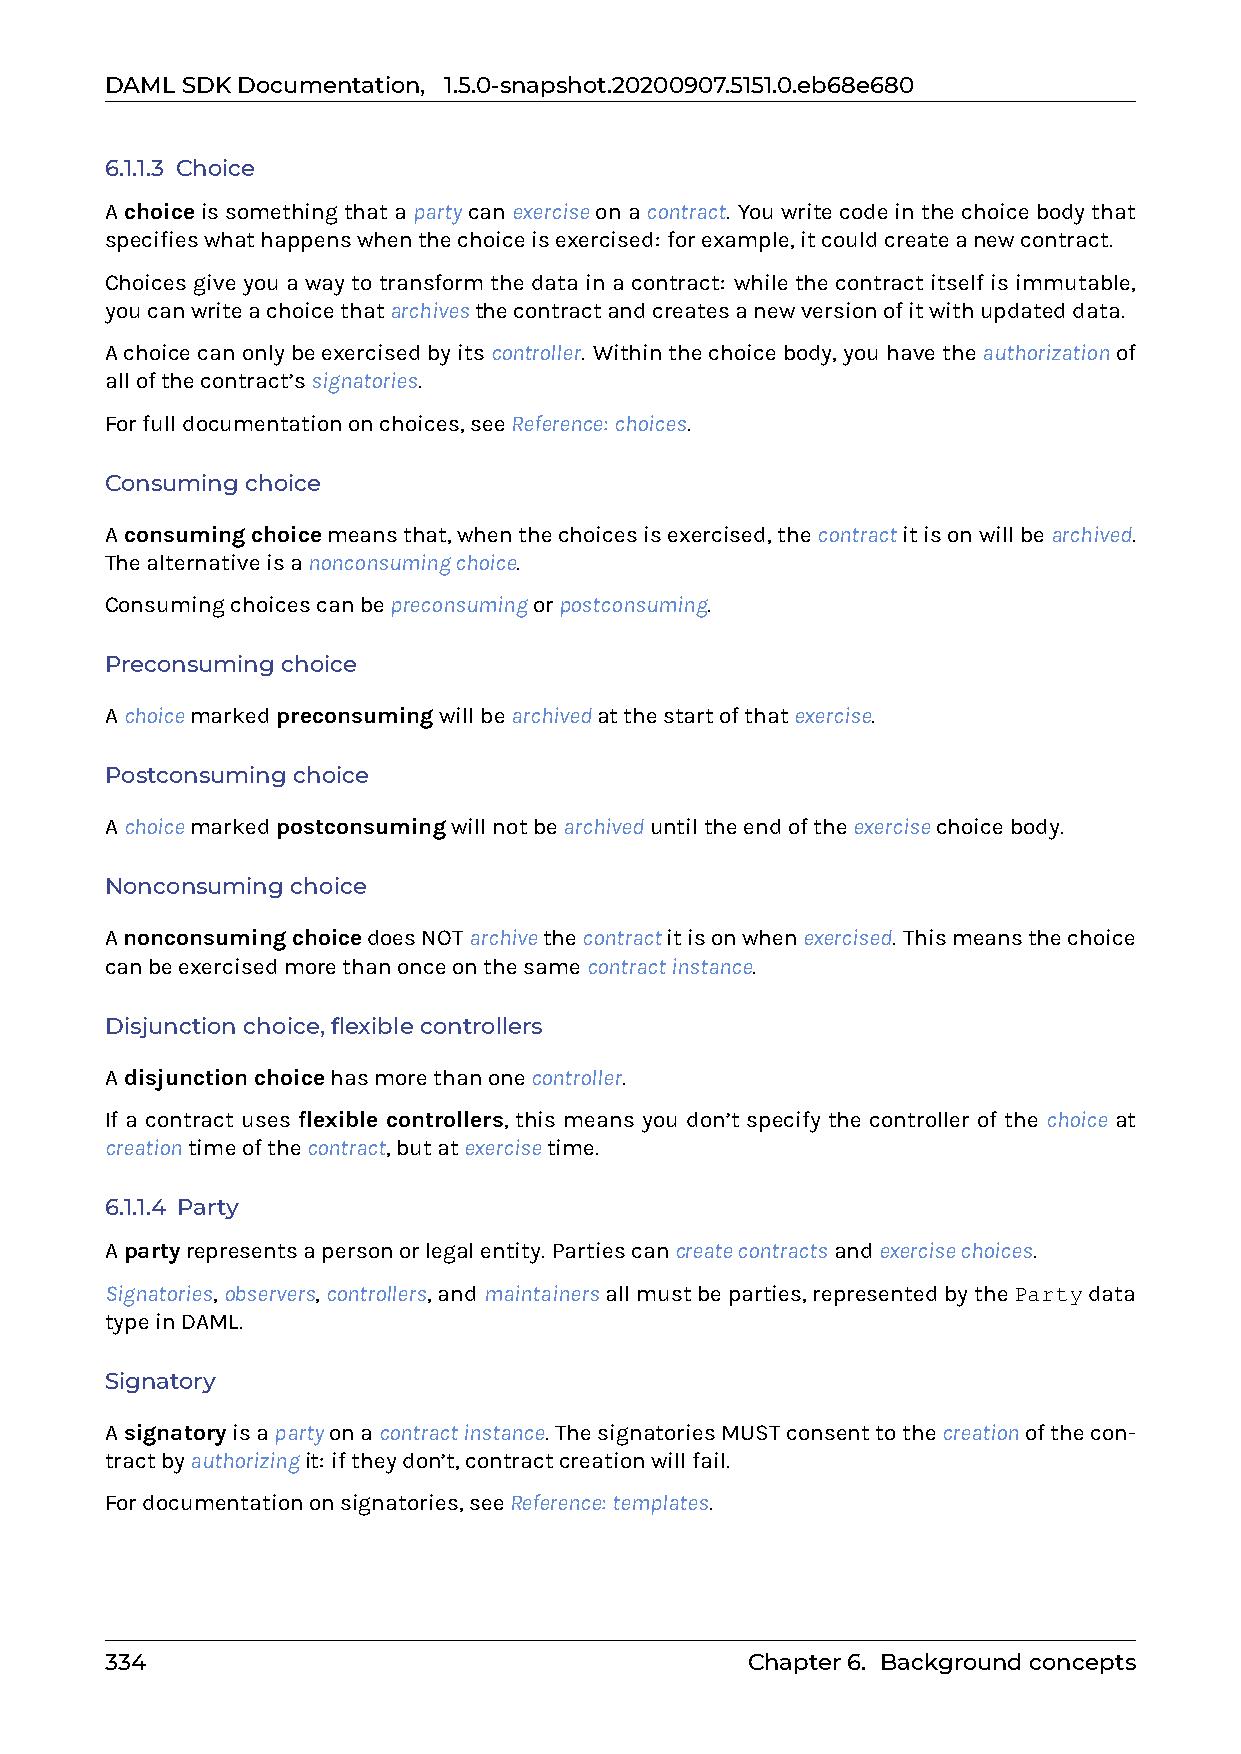
DAMLSDKDocumentation, 1.5.0-snapshot.20200907.5151.0.eb68e680
 6.1.1.3 Choice
 Achoiceissomethingthatapartycanexerciseonacontract. Youwritecodeinthechoicebodythat
 specifieswhathappenswhenthechoiceisexercised: forexample,itcouldcreateanewcontract.
 Choices give you a way to transform the data in a contract: while the contract itself is immutable,
 youcanwriteachoicethatarchivesthecontractandcreatesanewversionofitwithupdateddata.
 Achoicecanonlybeexercisedbyitscontroller. Withinthechoicebody,youhavetheauthorizationof
 allofthecontract’ssignatories.
 Forfulldocumentationonchoices,seeReference: choices.
 Consumingchoice
 Aconsumingchoicemeansthat,whenthechoicesisexercised,thecontractitisonwillbearchived.
 Thealternativeisanonconsumingchoice.
 Consumingchoicescanbepreconsumingorpostconsuming.
 Preconsumingchoice
 Achoicemarkedpreconsumingwillbearchivedatthestartofthatexercise.
 Postconsumingchoice
 Achoicemarkedpostconsumingwillnotbearchiveduntiltheendoftheexercisechoicebody.
 Nonconsumingchoice
 AnonconsumingchoicedoesNOTarchivethecontractitisonwhenexercised. Thismeansthechoice
 canbeexercisedmorethanonceonthesamecontractinstance.
 Disjunctionchoice,flexiblecontrollers
 Adisjunctionchoicehasmorethanonecontroller.
 If a contract uses flexible controllers, this means you don’t specify the controller of the choice at
 creationtimeofthecontract,butatexercisetime.
 6.1.1.4 Party
 Apartyrepresentsapersonorlegalentity. Partiescancreatecontractsandexercisechoices.
 Signatories,observers,controllers,andmaintainersallmustbeparties,representedbythePartydata
 typeinDAML.
 Signatory
 Asignatoryisapartyonacontractinstance. ThesignatoriesMUSTconsenttothecreationofthecon-
 tractbyauthorizingit: iftheydon’t,contractcreationwillfail.
 Fordocumentationonsignatories,seeReference: templates.
 334                                       Chapter6. Backgroundconcepts